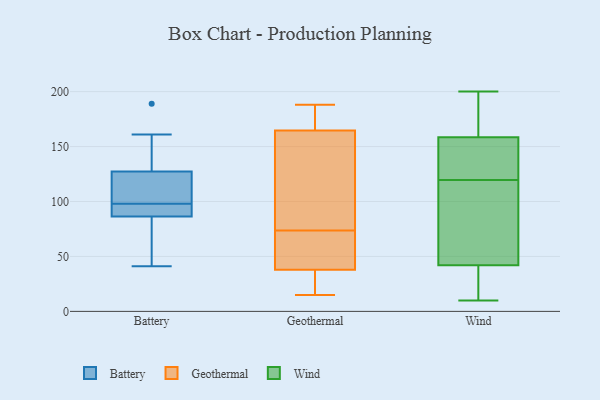
{"axis": {"x": "Website Visitors", "y": "Value"}, "legend": ["Battery", "Geothermal", "Wind"], "data": [{"x": "", "y": 98, "type": "Battery"}, {"x": "", "y": 84, "type": "Battery"}, {"x": "", "y": 189, "type": "Battery"}, {"x": "", "y": 93, "type": "Battery"}, {"x": "", "y": 41, "type": "Battery"}, {"x": "", "y": 93, "type": "Battery"}, {"x": "", "y": 128, "type": "Battery"}, {"x": "", "y": 113, "type": "Battery"}, {"x": "", "y": 161, "type": "Battery"}, {"x": "", "y": 125, "type": "Battery"}, {"x": "", "y": 57, "type": "Battery"}, {"x": "", "y": 123, "type": "Geothermal"}, {"x": "", "y": 183, "type": "Geothermal"}, {"x": "", "y": 180, "type": "Geothermal"}, {"x": "", "y": 16, "type": "Geothermal"}, {"x": "", "y": 54, "type": "Geothermal"}, {"x": "", "y": 26, "type": "Geothermal"}, {"x": "", "y": 50, "type": "Geothermal"}, {"x": "", "y": 71, "type": "Geothermal"}, {"x": "", "y": 161, "type": "Geothermal"}, {"x": "", "y": 76, "type": "Geothermal"}, {"x": "", "y": 19, "type": "Geothermal"}, {"x": "", "y": 188, "type": "Geothermal"}, {"x": "", "y": 58, "type": "Geothermal"}, {"x": "", "y": 168, "type": "Geothermal"}, {"x": "", "y": 15, "type": "Geothermal"}, {"x": "", "y": 108, "type": "Geothermal"}, {"x": "", "y": 10, "type": "Wind"}, {"x": "", "y": 14, "type": "Wind"}, {"x": "", "y": 200, "type": "Wind"}, {"x": "", "y": 130, "type": "Wind"}, {"x": "", "y": 40, "type": "Wind"}, {"x": "", "y": 146, "type": "Wind"}, {"x": "", "y": 62, "type": "Wind"}, {"x": "", "y": 57, "type": "Wind"}, {"x": "", "y": 122, "type": "Wind"}, {"x": "", "y": 19, "type": "Wind"}, {"x": "", "y": 117, "type": "Wind"}, {"x": "", "y": 146, "type": "Wind"}, {"x": "", "y": 180, "type": "Wind"}, {"x": "", "y": 165, "type": "Wind"}, {"x": "", "y": 176, "type": "Wind"}, {"x": "", "y": 18, "type": "Wind"}, {"x": "", "y": 152, "type": "Wind"}, {"x": "", "y": 167, "type": "Wind"}, {"x": "", "y": 44, "type": "Wind"}, {"x": "", "y": 117, "type": "Wind"}]}